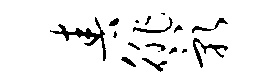
春徘影